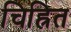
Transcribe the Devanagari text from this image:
चिह्रित